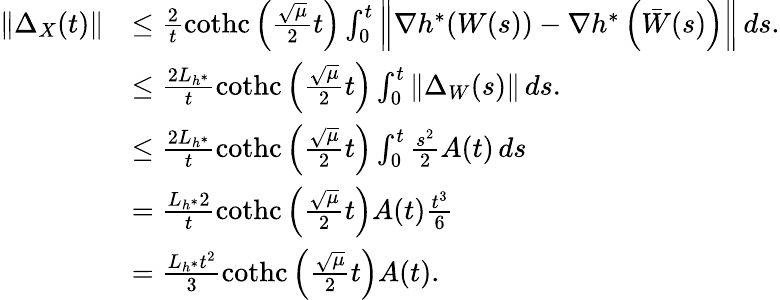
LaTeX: \begin{array}{rl}{\left\Vert\Delta_{X}(t)\right\Vert}&{\leq\frac{2}{t}\operatorname{cothc}\left(\frac{\sqrt{\mu}}{2}t\right)\int_{0}^{t}\left\Vert\nabla h^{*}(W(s))-\nabla h^{*}\left(\bar{W}(s)\right)\right\Vert\, ds.}\\ &{\leq\frac{2L_{h^{*}}}{t}\operatorname{cothc}\left(\frac{\sqrt{\mu}}{2}t\right)\int_{0}^{t}\left\Vert\Delta_{W}(s)\right\Vert\, ds.}\\ &{\leq\frac{2L_{h^{*}}}{t}\operatorname{cothc}\left(\frac{\sqrt{\mu}}{2}t\right)\int_{0}^{t}\frac{s^{2}}{2}A(t)\, ds}\\ &{=\frac{L_{h^{*}}2}{t}\operatorname{cothc}\left(\frac{\sqrt{\mu}}{2}t\right)A(t)\frac{t^{3}}{6}}\\ &{=\frac{L_{h^{*}}t^{2}}{3}\operatorname{cothc}\left(\frac{\sqrt{\mu}}{2}t\right)A(t).}\end{array}